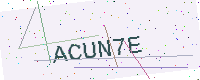
Text: ACUN7E